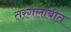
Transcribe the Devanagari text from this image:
तरंगलांबीत